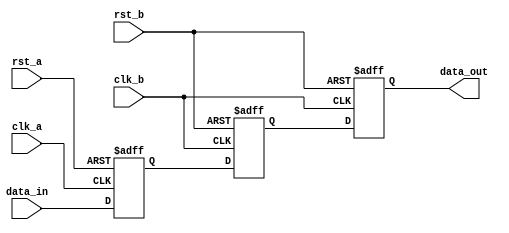
module bypass_register (
    input wire clk_a, // Clock signal for domain A
    input wire rst_a, // Reset signal for domain A
    input wire clk_b, // Clock signal for domain B
    input wire rst_b, // Reset signal for domain B
    input wire data_in, // Data input signal
    output reg data_out // Data output signal
);

reg data_sync_a, data_sync_b;

// Synchronize data from domain A to domain B
always @(posedge clk_a or posedge rst_a)
begin
    if (rst_a)
        data_sync_a <= 1'b0;
    else
        data_sync_a <= data_in;
end

// Synchronize data from domain B to domain A
always @(posedge clk_b or posedge rst_b)
begin
    if (rst_b)
        data_sync_b <= 1'b0;
    else
        data_sync_b <= data_sync_a;
end

// Output synchronized data
always @(posedge clk_b or posedge rst_b)
begin
    if (rst_b)
        data_out <= 1'b0;
    else
        data_out <= data_sync_b;
end

endmodule